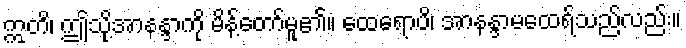
ဣတိ၊ ဤသို့အာနန္ဒာကို မိန့်တော်မူ၏။ ထေရောပိ၊ အာနန္ဒာမထေရ်သည်လည်း။